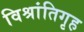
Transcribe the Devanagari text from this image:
विश्रांतिगृह